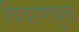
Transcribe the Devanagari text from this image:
विवरणयुक्त